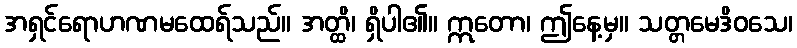
အရှင်ရောဟဏမထေရ်သည်။ အတ္ထိ၊ ရှိပါ၏။ ဣတော၊ ဤနေ့မှ။ သတ္တမေဒိဝသေ၊